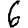
Digit: 6